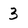
Character: 3